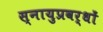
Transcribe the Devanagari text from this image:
स्नायुप्रवर्धों